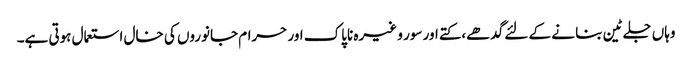
وہاں جلے ٹین بنا نے کے لئے گدھے،کتے اور سور و غیرہ ناپاک اور حرام جانوروں کی خال استعمال ہوتی ہے۔